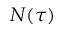
N ( \tau )